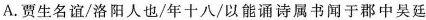
A.贾生名谊/洛阳人也/年十八以能诵诗属书闻于郡中吴廷